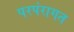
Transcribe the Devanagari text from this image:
परपंरागत